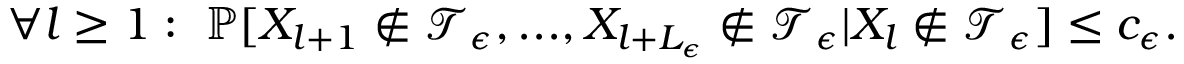
\forall l \ge 1 : \ \mathbb { P } [ X _ { l + 1 } \notin { \mathcal T } _ { \epsilon } , . . . , X _ { l + L _ { \epsilon } } \notin { \mathcal T } _ { \epsilon } | X _ { l } \notin { \mathcal T } _ { \epsilon } ] \le c _ { \epsilon } .